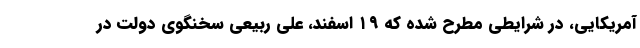
آمریکایی، در شرایطی مطرح شده که ۱۹ اسفند، علی ربیعی سخنگوی دولت در